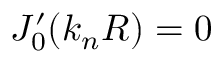
J _ { 0 } ^ { \prime } ( k _ { n } R ) = 0